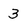
Character: 3